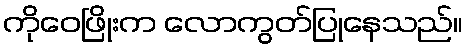
ကိုဝေဖြိုးက လောကွတ်ပြုနေသည်။